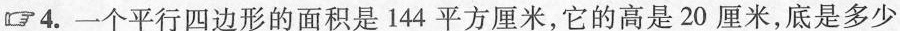
4.一个平行四边形的面积是144平方厘米，它的高是20厘米，底是多少